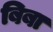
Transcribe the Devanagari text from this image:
बिबा